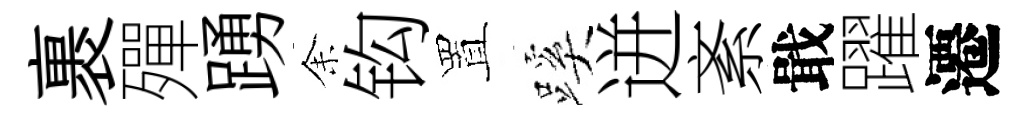
裹殫踴𪜬钩置蹊迸紊戢躍遷